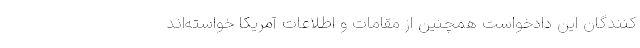
کنندگان این دادخواست همچنین از مقامات و اطلاعات آمریکا خواسته‌اند